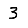
Digit: 3